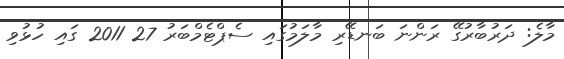
މާލެ: ދަރުބާރުގޭ ރަންނަ ބަނޑޭރި މާލަމުގައި ސެޕްޓެމްބަރު 27 2011 ގައި ހުޅުވި